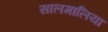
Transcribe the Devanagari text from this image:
सालमालिया